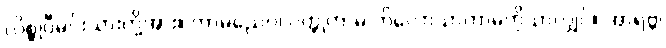
လိစ္ဆုဝီမင်းသားတို့အား။ ကာမညေဝ၊ ဝတ္ထုကာမ ကိလောသာကာမကိုသာလျှင်။ အာရဗ္ဘ၊